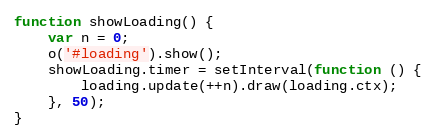
Language: JavaScript
function showLoading() {
    var n = 0;
    o('#loading').show();
    showLoading.timer = setInterval(function () {
        loading.update(++n).draw(loading.ctx);
    }, 50);
}